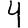
Digit: 4